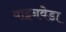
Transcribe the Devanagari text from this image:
वाइनवेडा